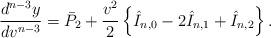
LaTeX: \begin{align*} \frac{d^{n-3}y}{dv^{n-3}}=\bar{P}_2+\frac{v^2}{2}\left\{\hat{I}_{n,0}-2\hat{I}_{n,1}+\hat{I}_{n,2}\right\}.\end{align*}